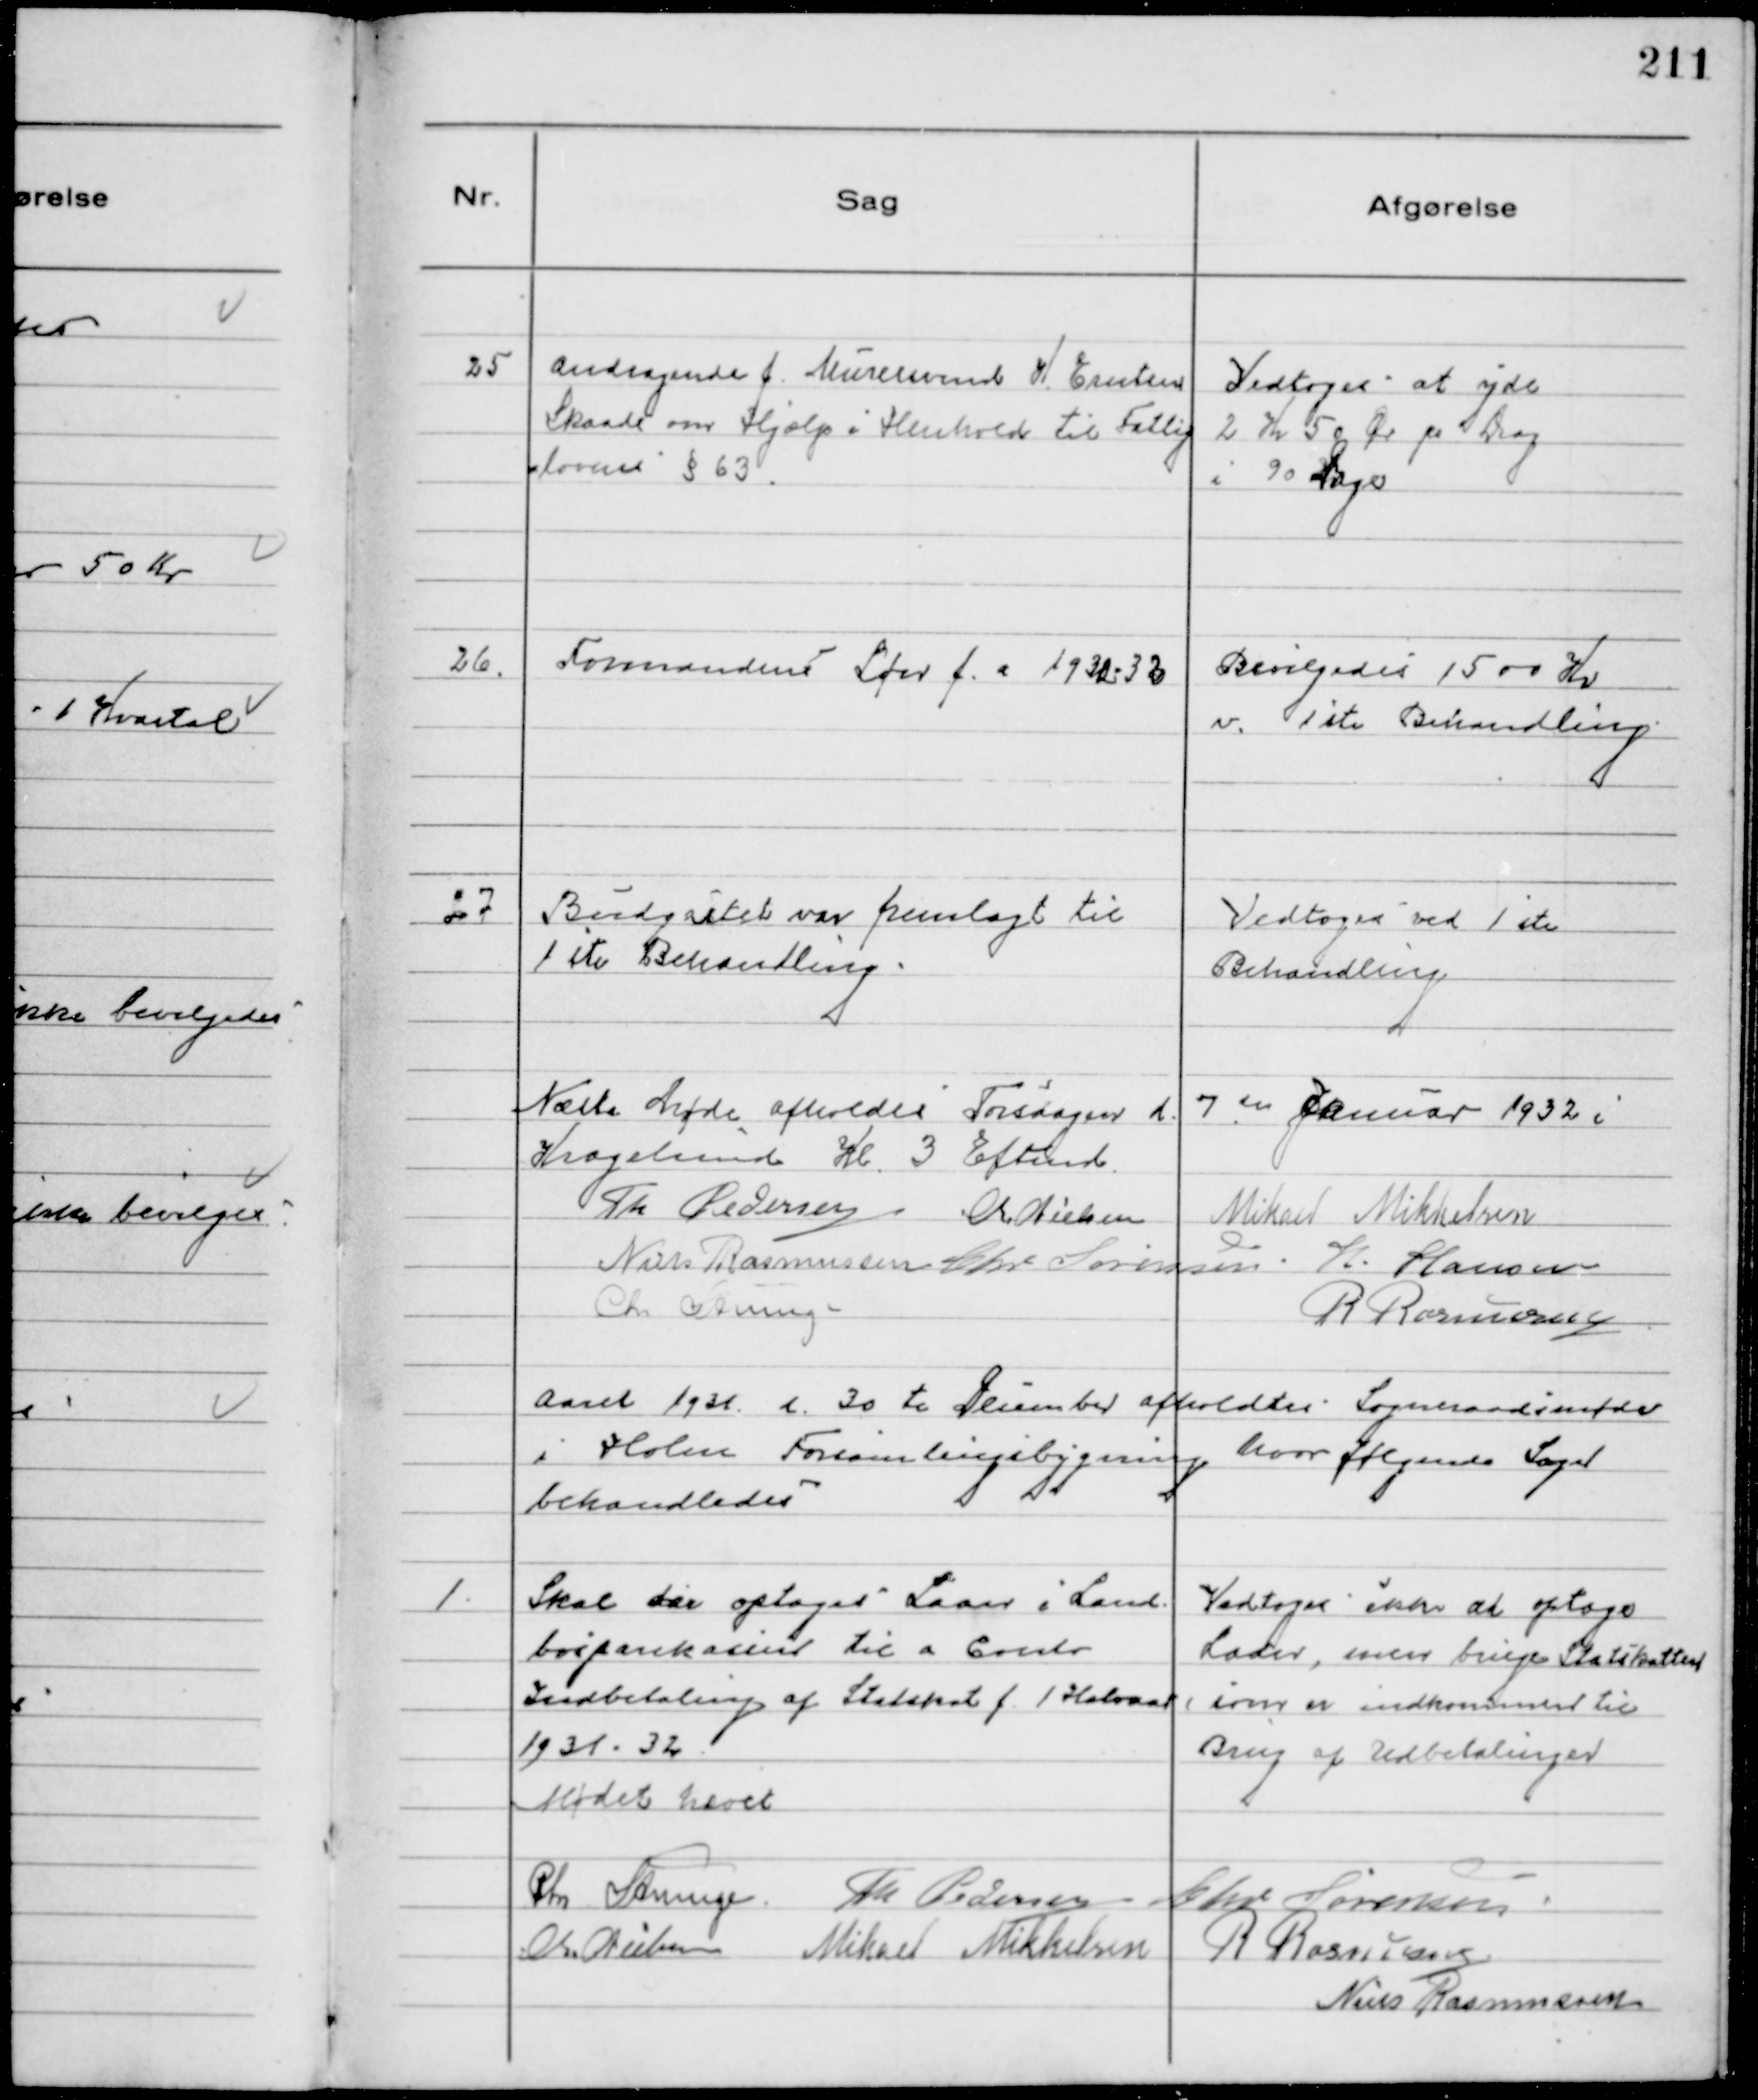
Transskription:
25
Andragende f. Murersvend K Erntsen
Skaade om Hjælp i Henhold til Fattig
lovens § 63.

Vedtoges at yde
2 Kr 50 Ør pr Dag
i 90 Dage

26.
Formandens Løn f.a. 1930-32

Bevilgedes 1500 Kr
v. 1ste Behandling

27
Budgettet var fremlagt til
1 ste Behandling

Vedtoges ved 1 ste
Behandling

Næste Møde afholdes Torsdagen d. 7 de Januar 1932 i
Kragelund Kl. 3 Eftemd.
Th Pedersen Chr Nielsen Mikael Mikkelsen
Niels Rasmussen Chr Sørensen H. Hansen
Chr Strunge
R Rasmussen

Aaret 1931 d. 30 te December afholdtes Sogneraadsmøde
i Holme Forsamlingsbygning hvor følgende Sager
behandledes

1.
Skal der optages Laan i Land
bosparekassen til a Conto
Indbetaling af Statskat f. 1 Halvaar
1931 - 32.

Vedtoges ikke at optage
Laan, men bruge Statskatten
som er indkommen til
Brug af Udbetalinger

Mødet hævet
Chr Strunge. Th Pedersen Chr Sørensen
Chr. Nielsen Mikael Mikkelsen
R Rasmussen
Niels Rasmussen